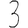
Digit: 3